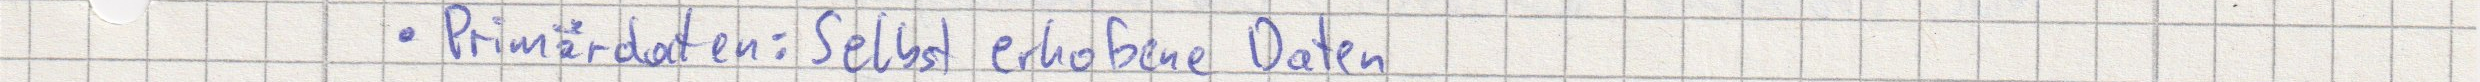
Primärdaten: Selbst erhobene Daten